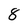
Character: 8